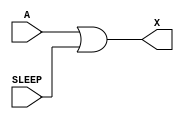
module sky130_fd_sc_lp__iso1p (
    X    ,
    A    ,
    SLEEP
);

    // Module ports
    output X    ;
    input  A    ;
    input  SLEEP;

    // Module supplies
    supply1 KAPWR;
    supply0 VGND ;
    supply1 VPB  ;
    supply0 VNB  ;

    //  Name  Output  Other arguments
    or  or0  (X     , A, SLEEP       );

endmodule